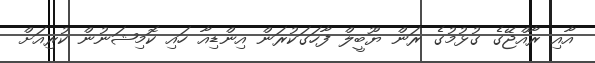
އާއި ރާއްޖޭގެ ގުޅުމުގެ ރަން ޔޫބީލް ފާހަގަކުރަން އިންޑިއާ ހައި ކޮމިޝަނުން ކުރިއަށް